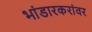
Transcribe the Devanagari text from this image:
भांडारकरांवर